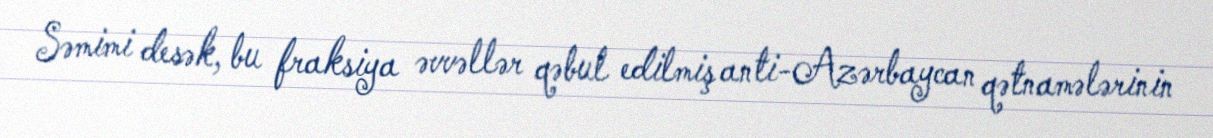
Səmimi desək, bu fraksiya əvvəllər qəbul edilmiş anti-Azərbaycan qətnamələrinin